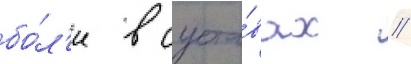
бо́л'и в суста́вах //